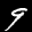
Digit: 9